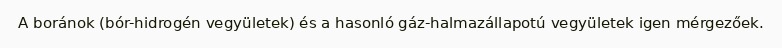
A boránok (bór-hidrogén vegyületek) és a hasonló gáz-halmazállapotú vegyületek igen mérgezőek.